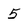
Character: 5